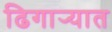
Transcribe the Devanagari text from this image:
ढिगार्‍यात